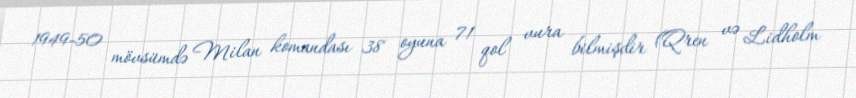
1949-50 mövsümdə Milan komandası 38 oyuna 71 qol vura bilmişdir (Qren və Lidholm